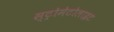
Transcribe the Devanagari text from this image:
स्ट्रोमेटोलाइट